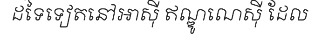
ដទៃទៀតនៅអាស៊ី ឥណ្ឌូណេស៊ី ដែល